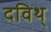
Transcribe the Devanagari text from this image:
दविथ्